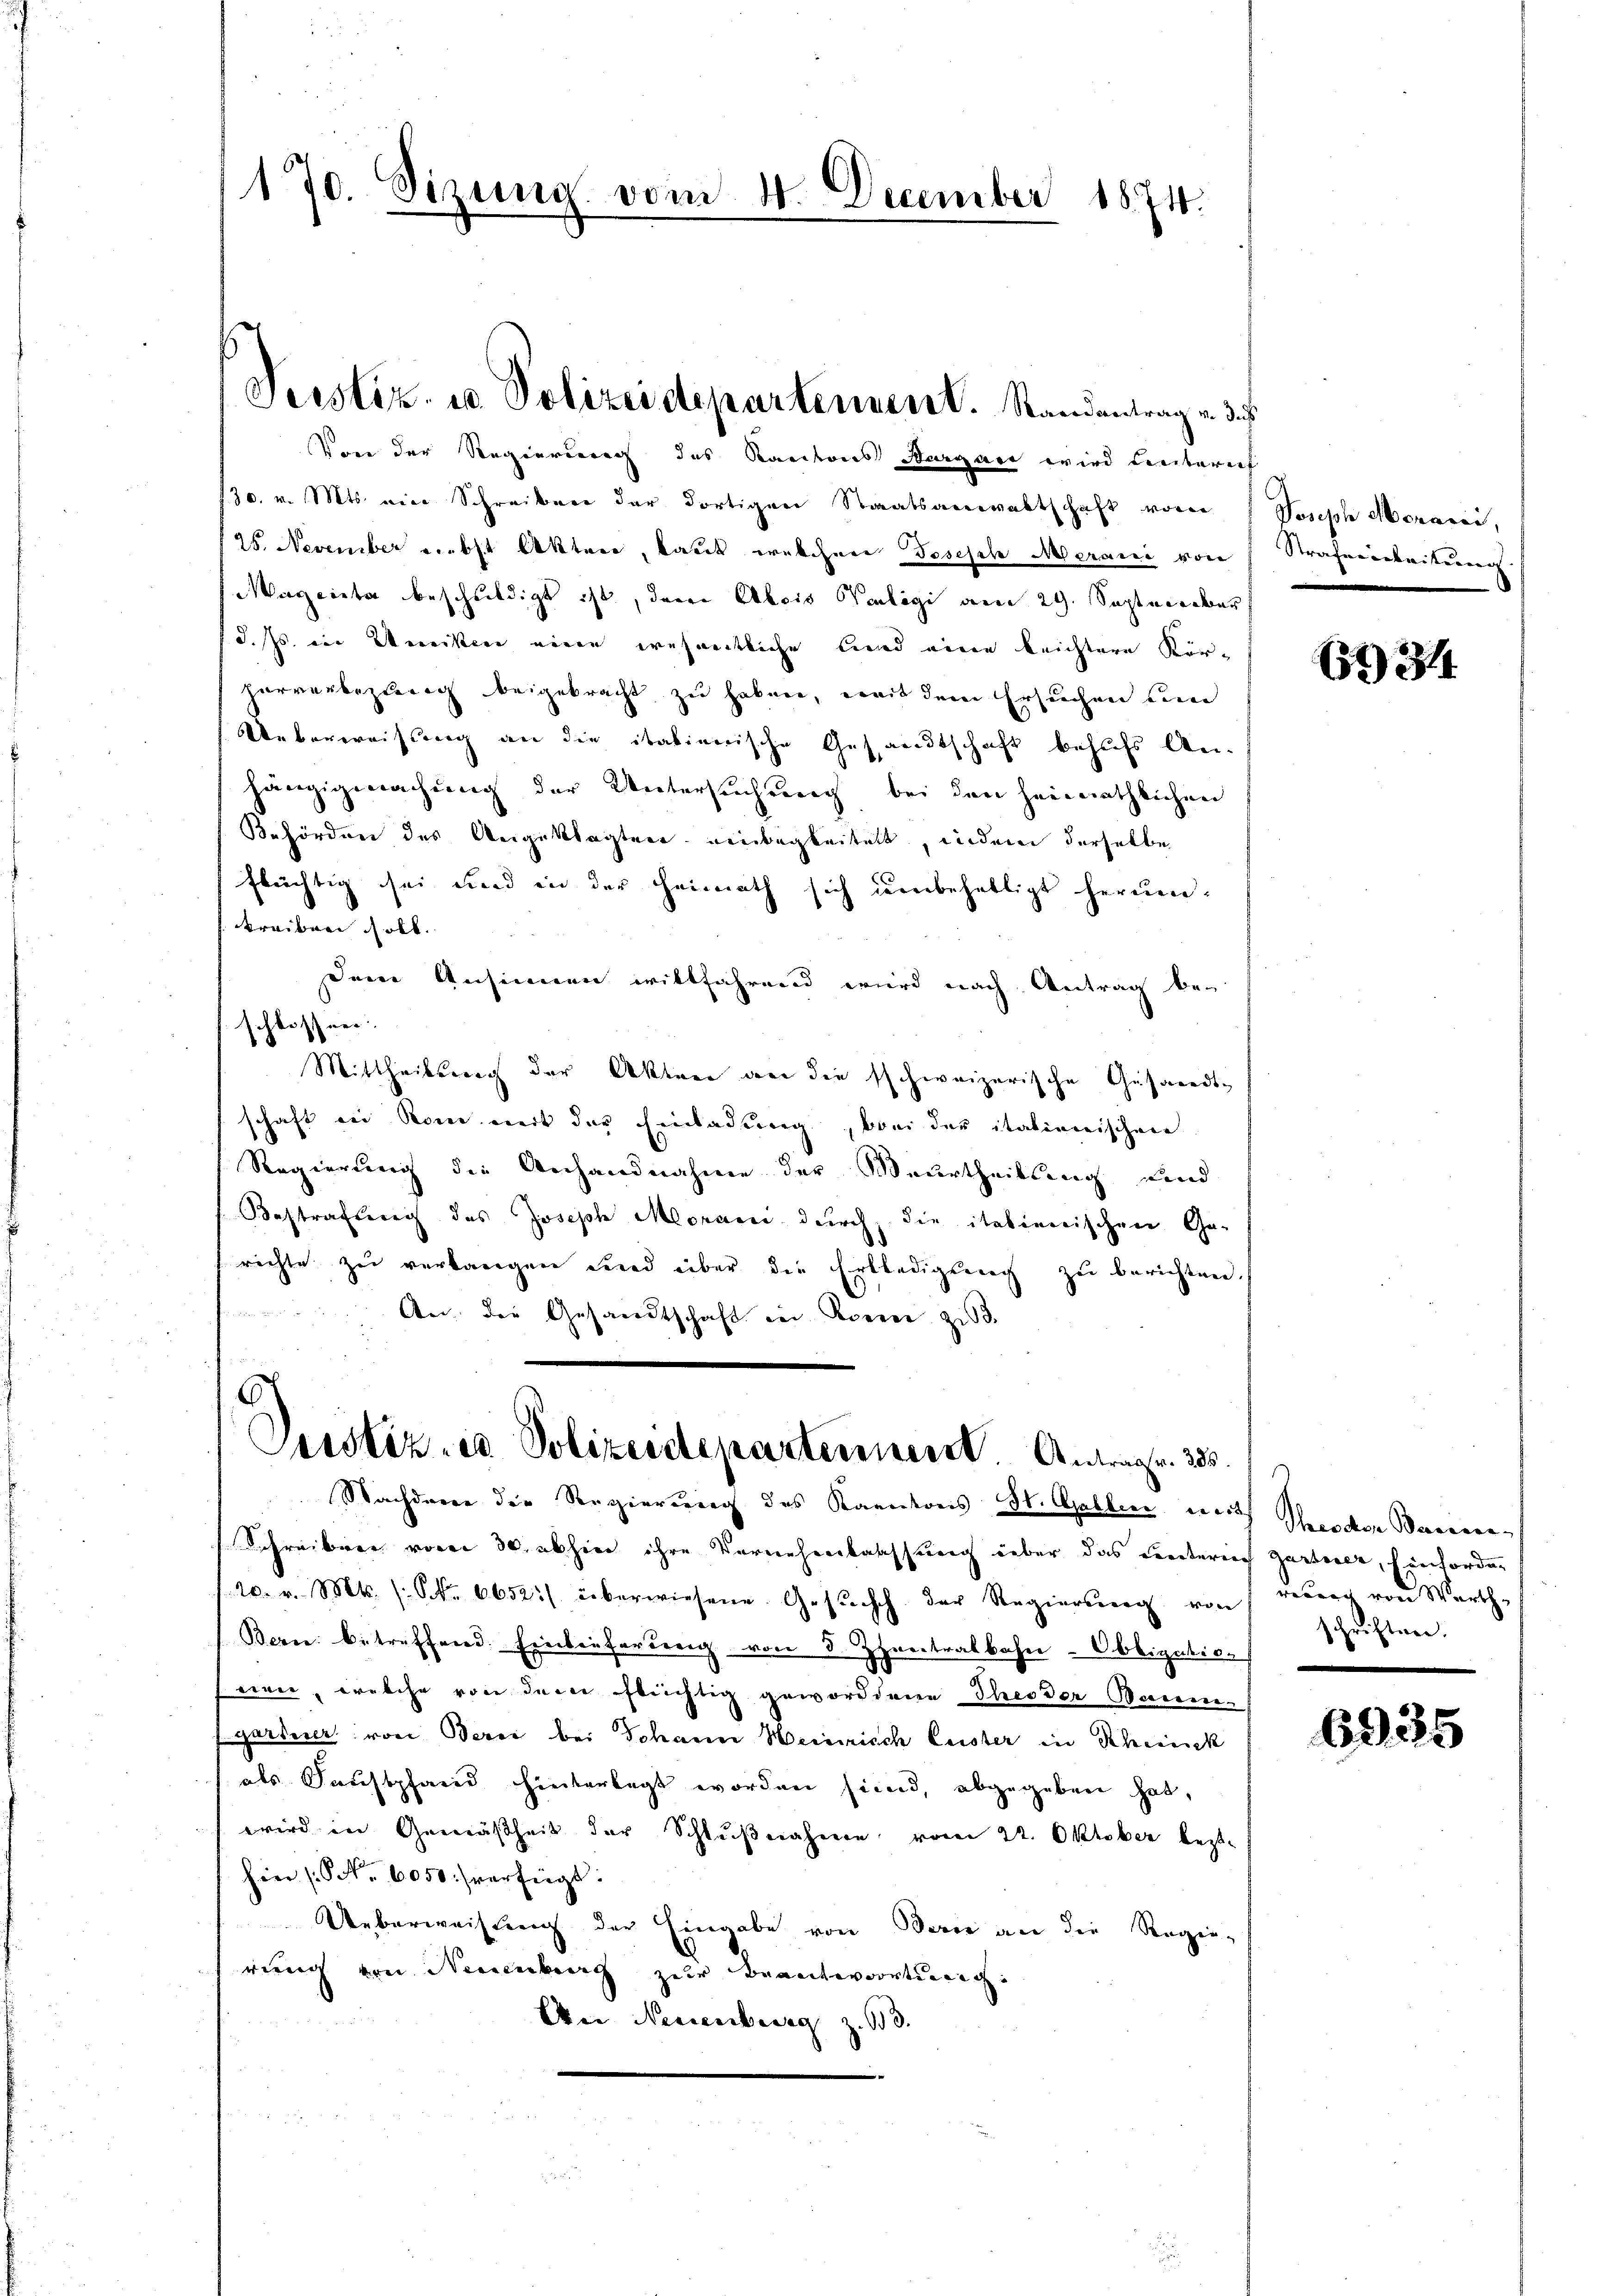
170. Sizung vom 11. December 1874.

Justiz- u Polizeidepartenvent. Randantrag v. d. J.

Vore der Regierung des Kantons Aargare wird Literich
130. v. Mts. eine Schreiben der dortigen Staatsanwaltschaft vom
25. November nebst Akteer, kaut welchen Joseph Merand von
Magaretar beschuldigt ist, deren Abris Verlegi am 29. September
d. s. in Weiten eine wesentliche Lund eine leichtere Körhorverbezung beigebracht zu haben, weit dem Ersuchen un
Ueberweisung an die italienische Gesandtschaft behufs Anhängigmachung der Untersuchung bei den heimathlichen
Behörden des Angeklagter einbegleitelt, indem derselbe
flüchtig sei und in der Heimath sich unbehelligt herumkreiben soll.
Dem Ansinnen willfahrend wird nach Antrag beschlossner
Mittheilsnach der Aktier an die schweizerische Gesandtschaft der Rom weit der Einladung, bei der italienischen
Regierung die Anhandnahme der Beurtheilung Kind
Bestraftung des Joseph Moraci durch die italienischen Ge-
richte zu verlangen wird über die Erledigung zu berichten.
 18
An der Gesandtschaft in Korene zu

Cessizio Polizeidepartennert. Antrag. 235.

Nachderen der Regierung des Kantons St. Gallen nach Ihnende Bernere
Schreiben vom 30. abhin ihre Vernehmlassung über das Centerlich gartner, Einforder
20. v. Mts. (: Fr. 6652:/ überwiesene Gesŭch der Regierung von reberg von Warth
Bern betreffend. Einwieferung von 5. Jhreitralbahn-Obligatioeien, welche von dem flüchtig gewordene Theoder Baume
Garderer von Berei bei Johann Heinrich Luster in Rheinek
als Faustpfand hinterlegt worden sind, abgegeben hat,
wird in Gemäßheit der Schlŭβnahme vom 22. Oktober bezt.
hin (S. 6050 verfügt:
Ueberweisung der Eingabe von Berne an die Regie-
A
rung von Neuenburg zur Beantwortung
Dei Neuenburg z. B.

Joseph Monarii,
Strafenarbeitung

61314

schriften.

6925